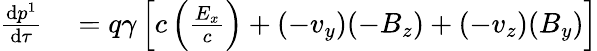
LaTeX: \begin{array}{rl}{{\frac{\mathrm{d}p^{1}}{\mathrm{d}\tau}}}&{{}=q\gamma\left[c\left({\frac{E_{x}}{c}}\right)+(-v_{y})(-B_{z})+(-v_{z})(B_{y})\right]}\end{array}